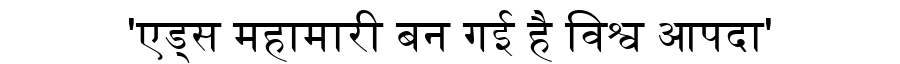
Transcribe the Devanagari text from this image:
'एड्स महामारी बन गई है विश्व आपदा'